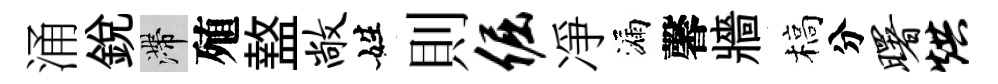
涌銳滯殖盩敞姓則倔凈漏馨牆槁分曙烘